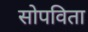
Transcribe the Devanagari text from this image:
सोपविता